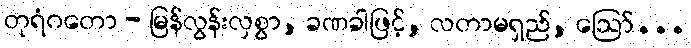
တုရံဂတော - မြန်လွန်းလှစွာ, ခဏခါဖြင့်, လတာမရှည်, ဩော်...